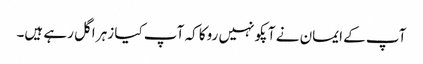
آپ کے ایمان نے آپکو نہیں روکا کہ آپ کیا زہر اگل رہے ہیں۔